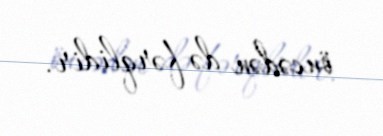
öncədən də fərqlidir.